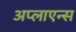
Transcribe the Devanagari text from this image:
अप्लाएन्स